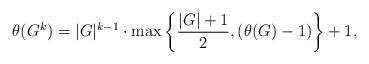
LaTeX: \begin{align*}\theta (G^k)=\vert G\vert^{k-1}\cdot\max\left\{ \frac{\vert G\vert +1}{2}, \left(\theta(G)-1\right)\right\}+1,\end{align*}